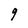
Character: 9